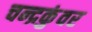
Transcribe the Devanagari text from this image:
चन्द्रकुंवर